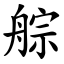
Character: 䑸